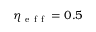
\eta _ { \mathrm { ~ e ~ f ~ f ~ } } = 0 . 5